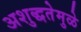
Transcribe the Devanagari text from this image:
अशुद्धतेमुळे